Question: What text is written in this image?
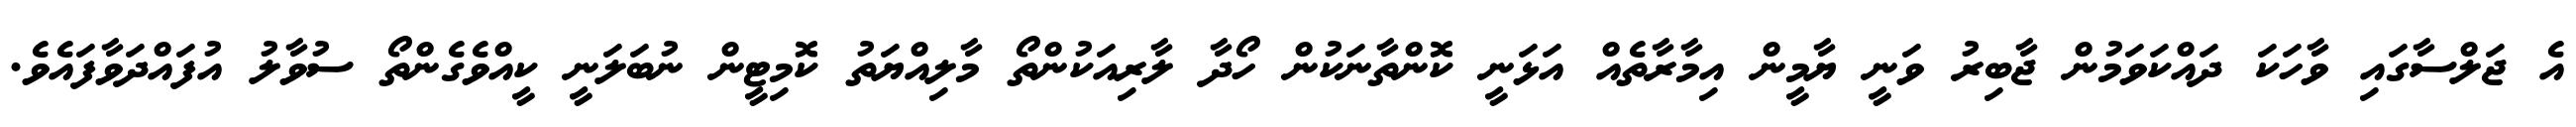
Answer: އެ ޖަލްސާގައި ވާހަކަ ދައްކަވަމުން ޖާބިރު ވަނީ ޔާމީން އިމާރާތެއް އަޅަނީ ކޮންތާނަކުން ހޯދާ ލާރިއަކުންތޯ މާލިއްޔަތު ކޮމިޓީން ނުބަލަނީ ކީއްވެގެންތޯ ސުވާލު އުފައްދަވާފައެވެ.